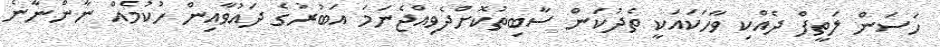
ހަސަން ލަތީފް ދެއްކި ވާހަކައަކީ ތެދުކަން ސާބިތުކޮށްދެވިއްޖެނަމަ އަބުރުގެ ދައުވާއިން ހުކުމެެއް ނާންނާނެ